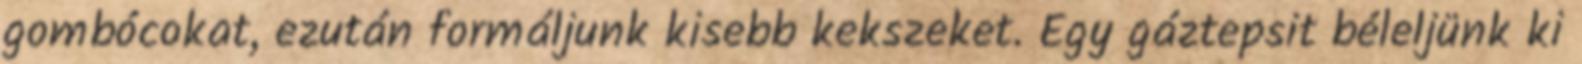
gombócokat, ezután formáljunk kisebb kekszeket. Egy gáztepsit béleljünk ki